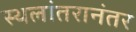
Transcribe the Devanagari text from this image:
स्थलांतरानंतर